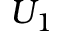
U _ { 1 }